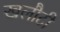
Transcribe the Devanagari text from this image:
खलौटी